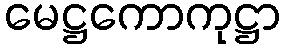
မေဋ္ဌကောကုဋ္ဌာ